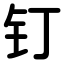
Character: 钉